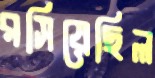
রসিয়েছিল